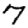
Digit: 7